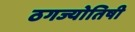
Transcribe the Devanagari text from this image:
ठगज्योतिषी